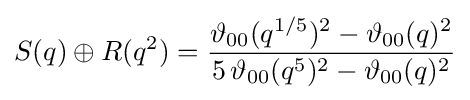
S(q)\oplus R(q^{2})={\frac {\vartheta _{00}(q^{1/5})^{2}-\vartheta _{00}(q)^{2}}{5\,\vartheta _{00}(q^{5})^{2}-\vartheta _{00}(q)^{2}}}